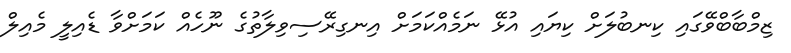
ޒިމްބާބްވޭގައި ކިނބުލަށް ކިޔައި އުޅޭ ނަމެއްކަމަށް އިނގިރޭސިވިލާތުގެ ނޫހެއް ކަމަށްވާ ޑެއިލީ މެއިލް